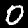
Label: 0